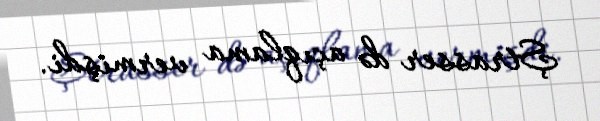
Ştrasser də açıqlama vermişdi.